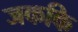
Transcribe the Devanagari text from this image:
जककि